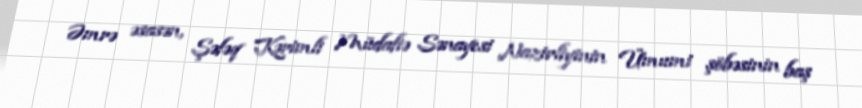
Əmrə əsasən, Şəfəq Kərimli Müdafiə Sənayesi Nazirliyinin Ümumi şöbəsinin baş